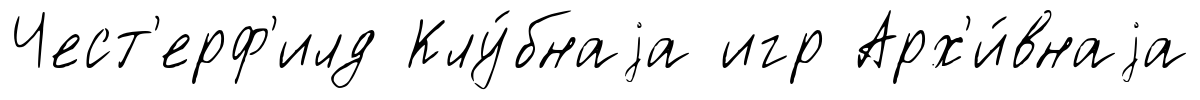
Чест'ерф'илд Клу́бнаjа игр Арх'и́внаjа